Civil Veterinary Dept. North-West Frontier Province 1933-46 - 1933-1946
Year: 1933
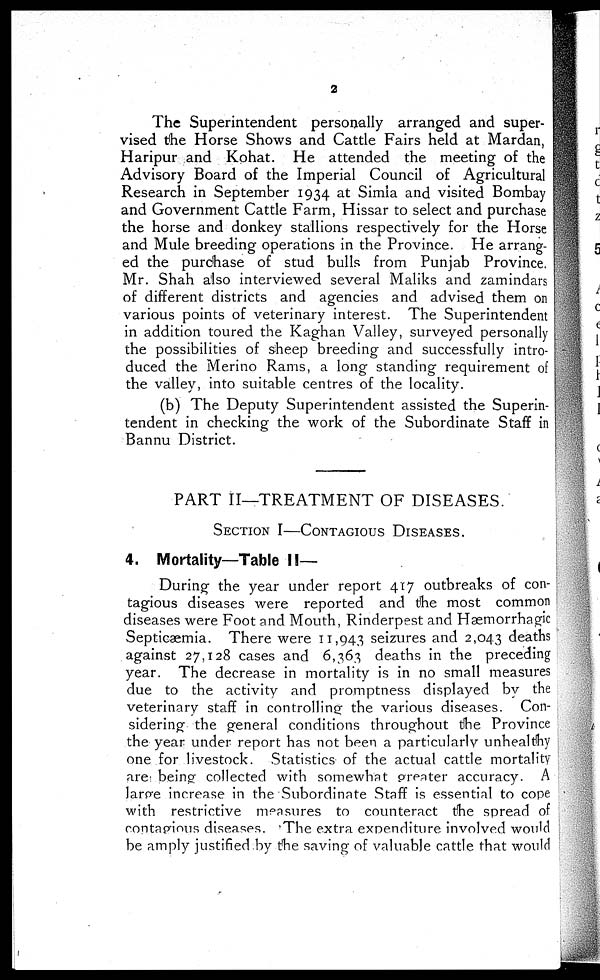
2
The Superintendent personally arranged and super-
vised the Horse Shows and Cattle Fairs held at Mardan,
Haripur and Kohat. He attended the meeting of the
Advisory Board of the Imperial Council of Agricultural
Research in September 1934 at Simla and visited Bombay
and Government Cattle Farm, Hissar to select and purchase
the horse and donkey stallions respectively for the Horse
and Mule breeding operations in the Province. He arrang-
ed the purchase of stud bulls from Punjab Province.
Mr. Shah also interviewed several Maliks and zamindars
of different districts and agencies and advised them on
various points of veterinary interest. The Superintendent
in addition toured the Kaghan Valley, surveyed personally
the possibilities of sheep breeding and successfully intro-
duced the Merino Rams, a long standing requirement of
the valley, into suitable centres of the locality.
(b) The Deputy Superintendent assisted the Superin-
tendent in checking the work of the Subordinate Staff in
Bannu District.
PART II—TREATMENT OF DISEASES.
SECTION I—CONTAGIOUS DISEASES.
4. Mortality—Table II—
During the year under report 417 outbreaks of con-
tagious diseases were reported and the most common
diseases were Foot and Mouth, Rinderpest and Hæmorrhagic
Septicaemia. There were 11,943 seizures and 2,043 deaths
against 27,128 cases and 6,363 deaths in the preceding
year. The decrease in mortality is in no small measures
due to the activity and promptness displayed by the
veterinary staff in controlling the various diseases. Con-
sidering the general conditions throughout the Province
the year under report has not been a particularly unhealthy
one for livestock. Statistics of the actual cattle mortality
are being collected with somewhat greater accuracy. A
large increase in the Subordinate Staff is essential to cope
with restrictive measures to counteract the spread of
contagious diseases. The extra expenditure involved would
be amply justified by the saving of valuable cattle that would